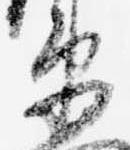
衛